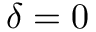
\delta = 0